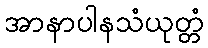
အာနာပါနသံယုတ္တံ